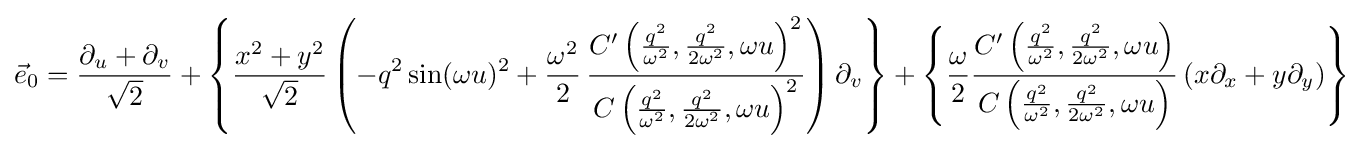
{\vec {e}}_{0}={\frac {\partial _{u}+\partial _{v}}{\sqrt {2}}}+\left\{{\frac {x^{2}+y^{2}}{\sqrt {2}}}\left(-q^{2}\sin(\omega u)^{2}+{\frac {\omega ^{2}}{2}}\,{\frac {C^{\prime }\left({\frac {q^{2}}{\omega ^{2}}},{\frac {q^{2}}{2\omega ^{2}}},\omega u\right)^{2}}{C\left({\frac {q^{2}}{\omega ^{2}}},{\frac {q^{2}}{2\omega ^{2}}},\omega u\right)^{2}}}\right)\partial _{v}\right\}+\left\{{\frac {\omega }{2}}{\frac {C^{\prime }\left({\frac {q^{2}}{\omega ^{2}}},{\frac {q^{2}}{2\omega ^{2}}},\omega u\right)}{C\left({\frac {q^{2}}{\omega ^{2}}},{\frac {q^{2}}{2\omega ^{2}}},\omega u\right)}}\left(x\partial _{x}+y\partial _{y}\right)\right\}